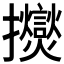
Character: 𫾠